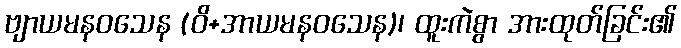
ဗျာယမနဝသေန (ဝိ+အာယမနဝသေန)၊ ထူးကဲစွာ အားထုတ်ခြင်း၏